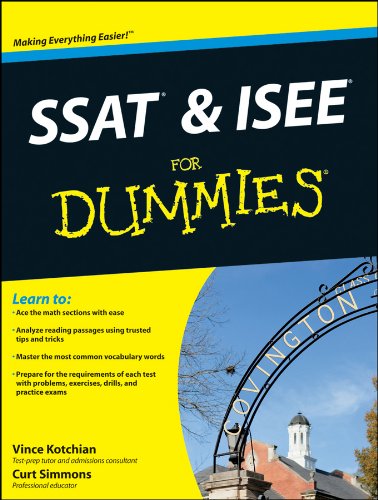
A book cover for SSAT and ISEE For Dummies; Vince Kotchian; Test Preparation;